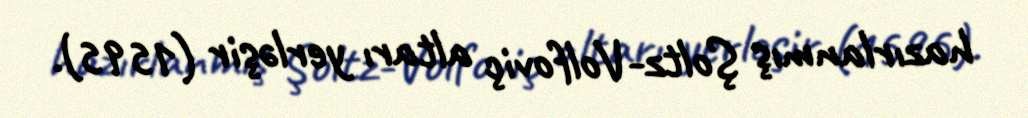
hazırlanmış Şoltz-Volfoviç altarı yerləşir (1595).